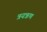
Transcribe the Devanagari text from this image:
त्रयऋण